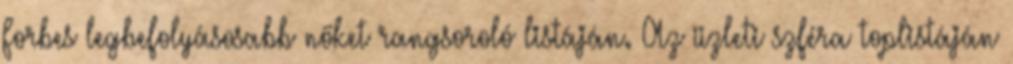
Forbes legbefolyásosabb nőket rangsoroló listáján. Az üzleti szféra toplistáján